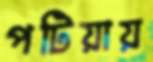
পটিয়ায়